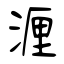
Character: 湹